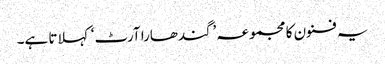
یہ فنون کا مجموعہ ’گندھارا آرٹ‘ کہلاتا ہے۔